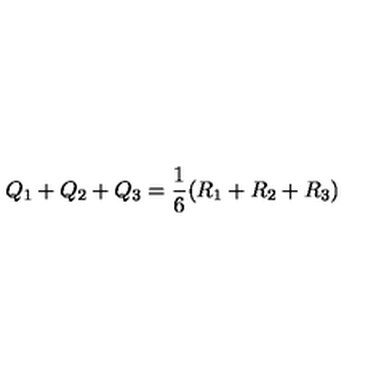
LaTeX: Q _ { 1 } + Q _ { 2 } + Q _ { 3 } = \frac { 1 } { 6 } ( R _ { 1 } + R _ { 2 } + R _ { 3 } )